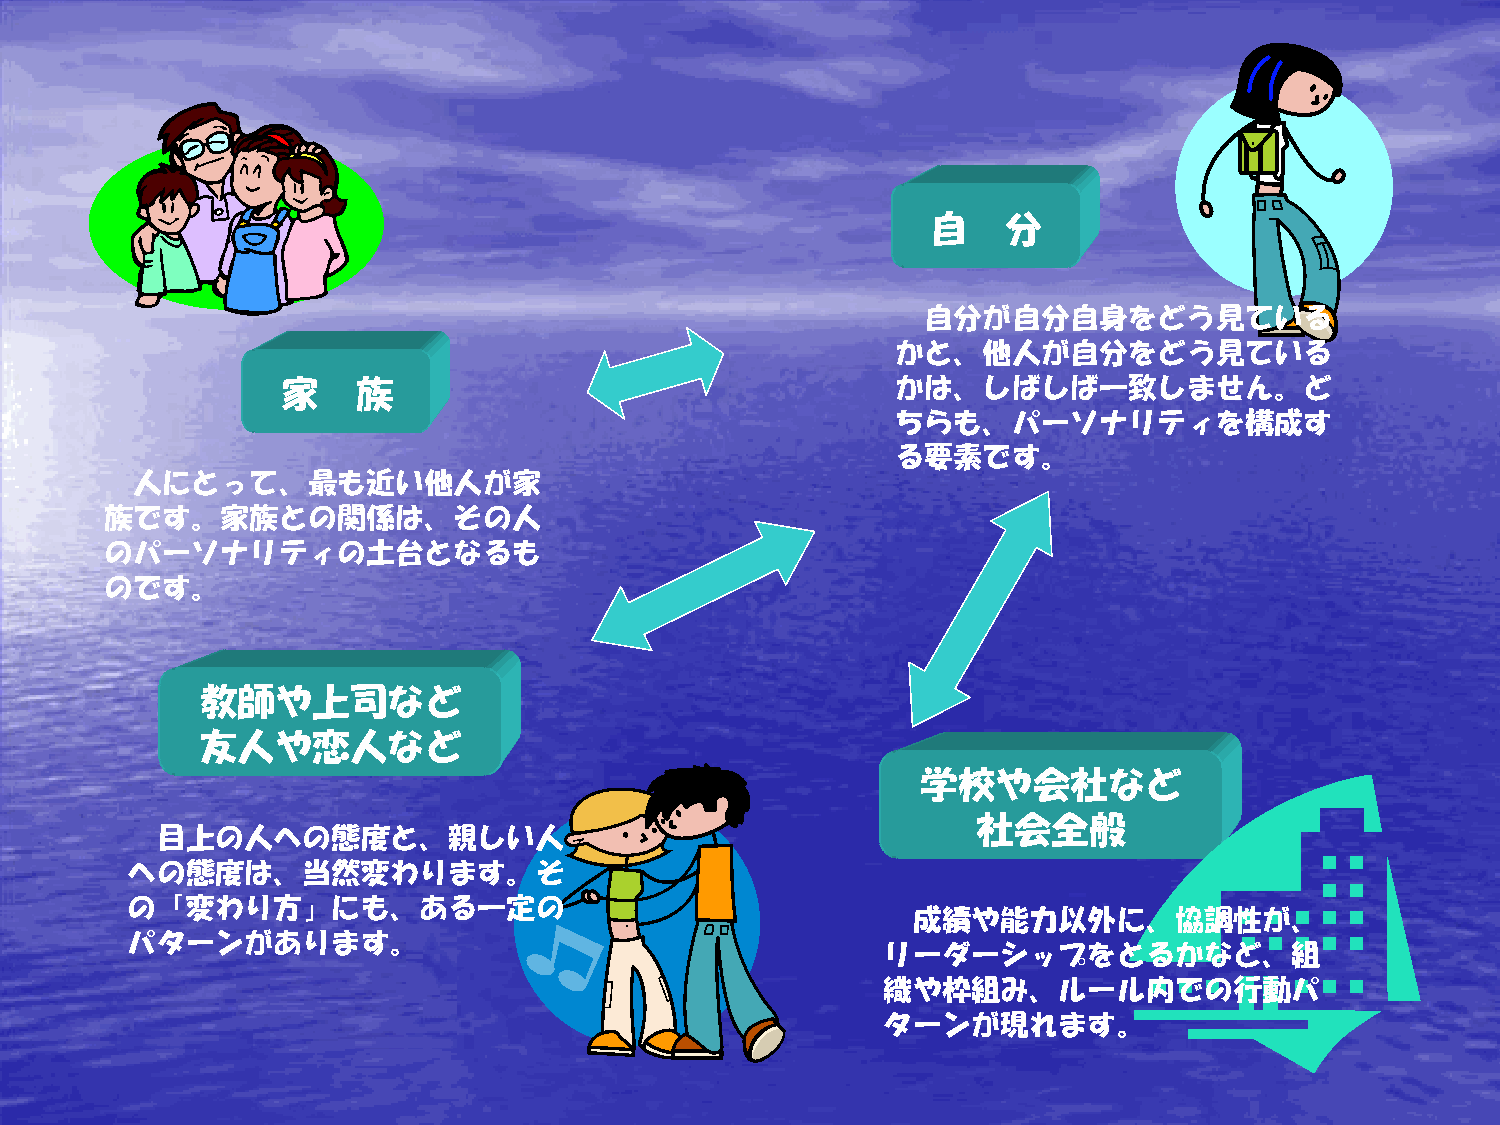
自    分
 自分が自分自身をどう見ている
 かと、他人が自分をどう見ている
 家    族                                   かは、しばしば一致しません。ど
 ちらも、パーソナリティを構成す
 る要素です。
 人にとって、最も近い他人が家
 族です。家族との関係は、その人
 のパーソナリティの土台となるも
 のです。
 教師や上司など
 友人や恋人など
 学校や会社など
 社会全般
 目上の人への態度と、親しい人
 への態度は、当然変わります。そ
 の「変わり方」にも、ある一定の
 成績や能力以外に、協調性が、
 パターンがあります。
 リーダーシップをとるかなど、組
 織や枠組み、ルール内での行動パ
 ターンが現れます。